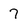
Character: 7